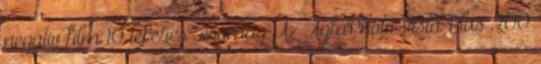
negatív film 10 tekercs csomag Az AgfaPhoto Vista Plus 200